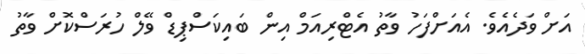
އަށް ވަދެއެވެ. އެއަށްފަހު ވާތު އެޓްރިއަމް އިން ބައިކަސްޕިޑް ވޭލް ހުރަސްކޮށް ވާތު